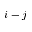
i - j